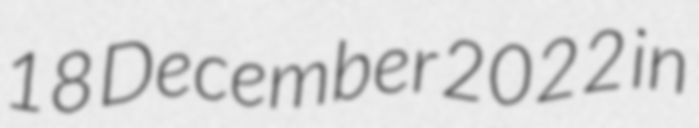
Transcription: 18 December 2022 in